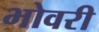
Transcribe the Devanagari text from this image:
भोवरी